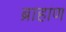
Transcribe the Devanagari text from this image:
ब्राहाण